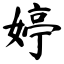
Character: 婷